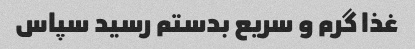
غذا گرم و سریع بدستم رسید سپاس